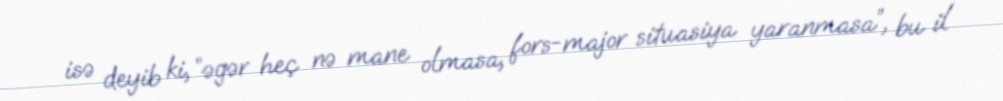
isə deyib ki, “əgər heç nə mane olmasa, fors-major situasiya yaranmasa”, bu il